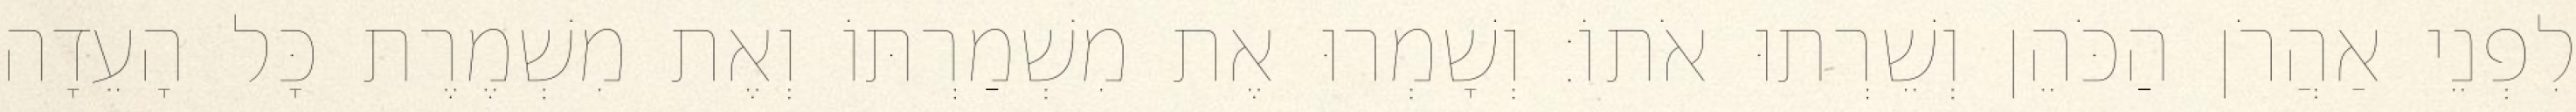
לִפְנֵי אַהֲרֹן הַכֹּהֵן וְשֵׁרְתוּ אֹתוֹ׃ וְשָׁמְרוּ אֶת מִשְׁמַרְתּוֹ וְאֶת מִשְׁמֶרֶת כָּל הָעֵדָה